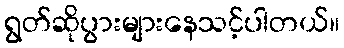
ရွတ်ဆိုပွားများနေသင့်ပါတယ်။